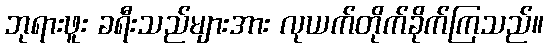
ဘုရားဖူး ခရီးသည်များအား လုယက်တိုက်ခိုက်ကြသည်။